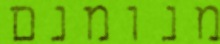
מנומנם